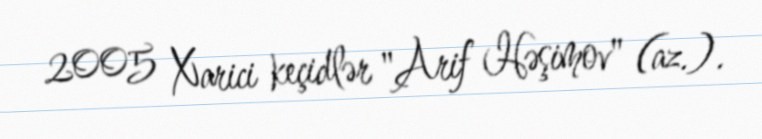
2005 Xarici keçidlər "Arif Həşimov" (az.).